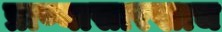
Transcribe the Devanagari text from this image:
प्राण्यासारखाच